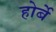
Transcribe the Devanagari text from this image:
होर्बे